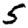
Digit: 5